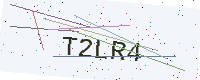
Text: T2LR4